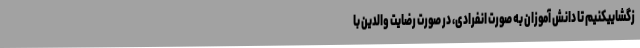
زگشاییکنیم تا دانش آموزان به صورت انفرادی، در صورت رضایت والدین با